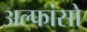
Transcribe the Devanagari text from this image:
अल्फांसो